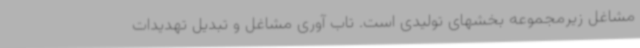
مشاغل زیرمجموعه بخشهای تولیدی است. تاب آوری مشاغل و تبدیل تهدیدات